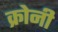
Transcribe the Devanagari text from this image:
क्रोनी